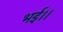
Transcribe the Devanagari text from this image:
भई।।